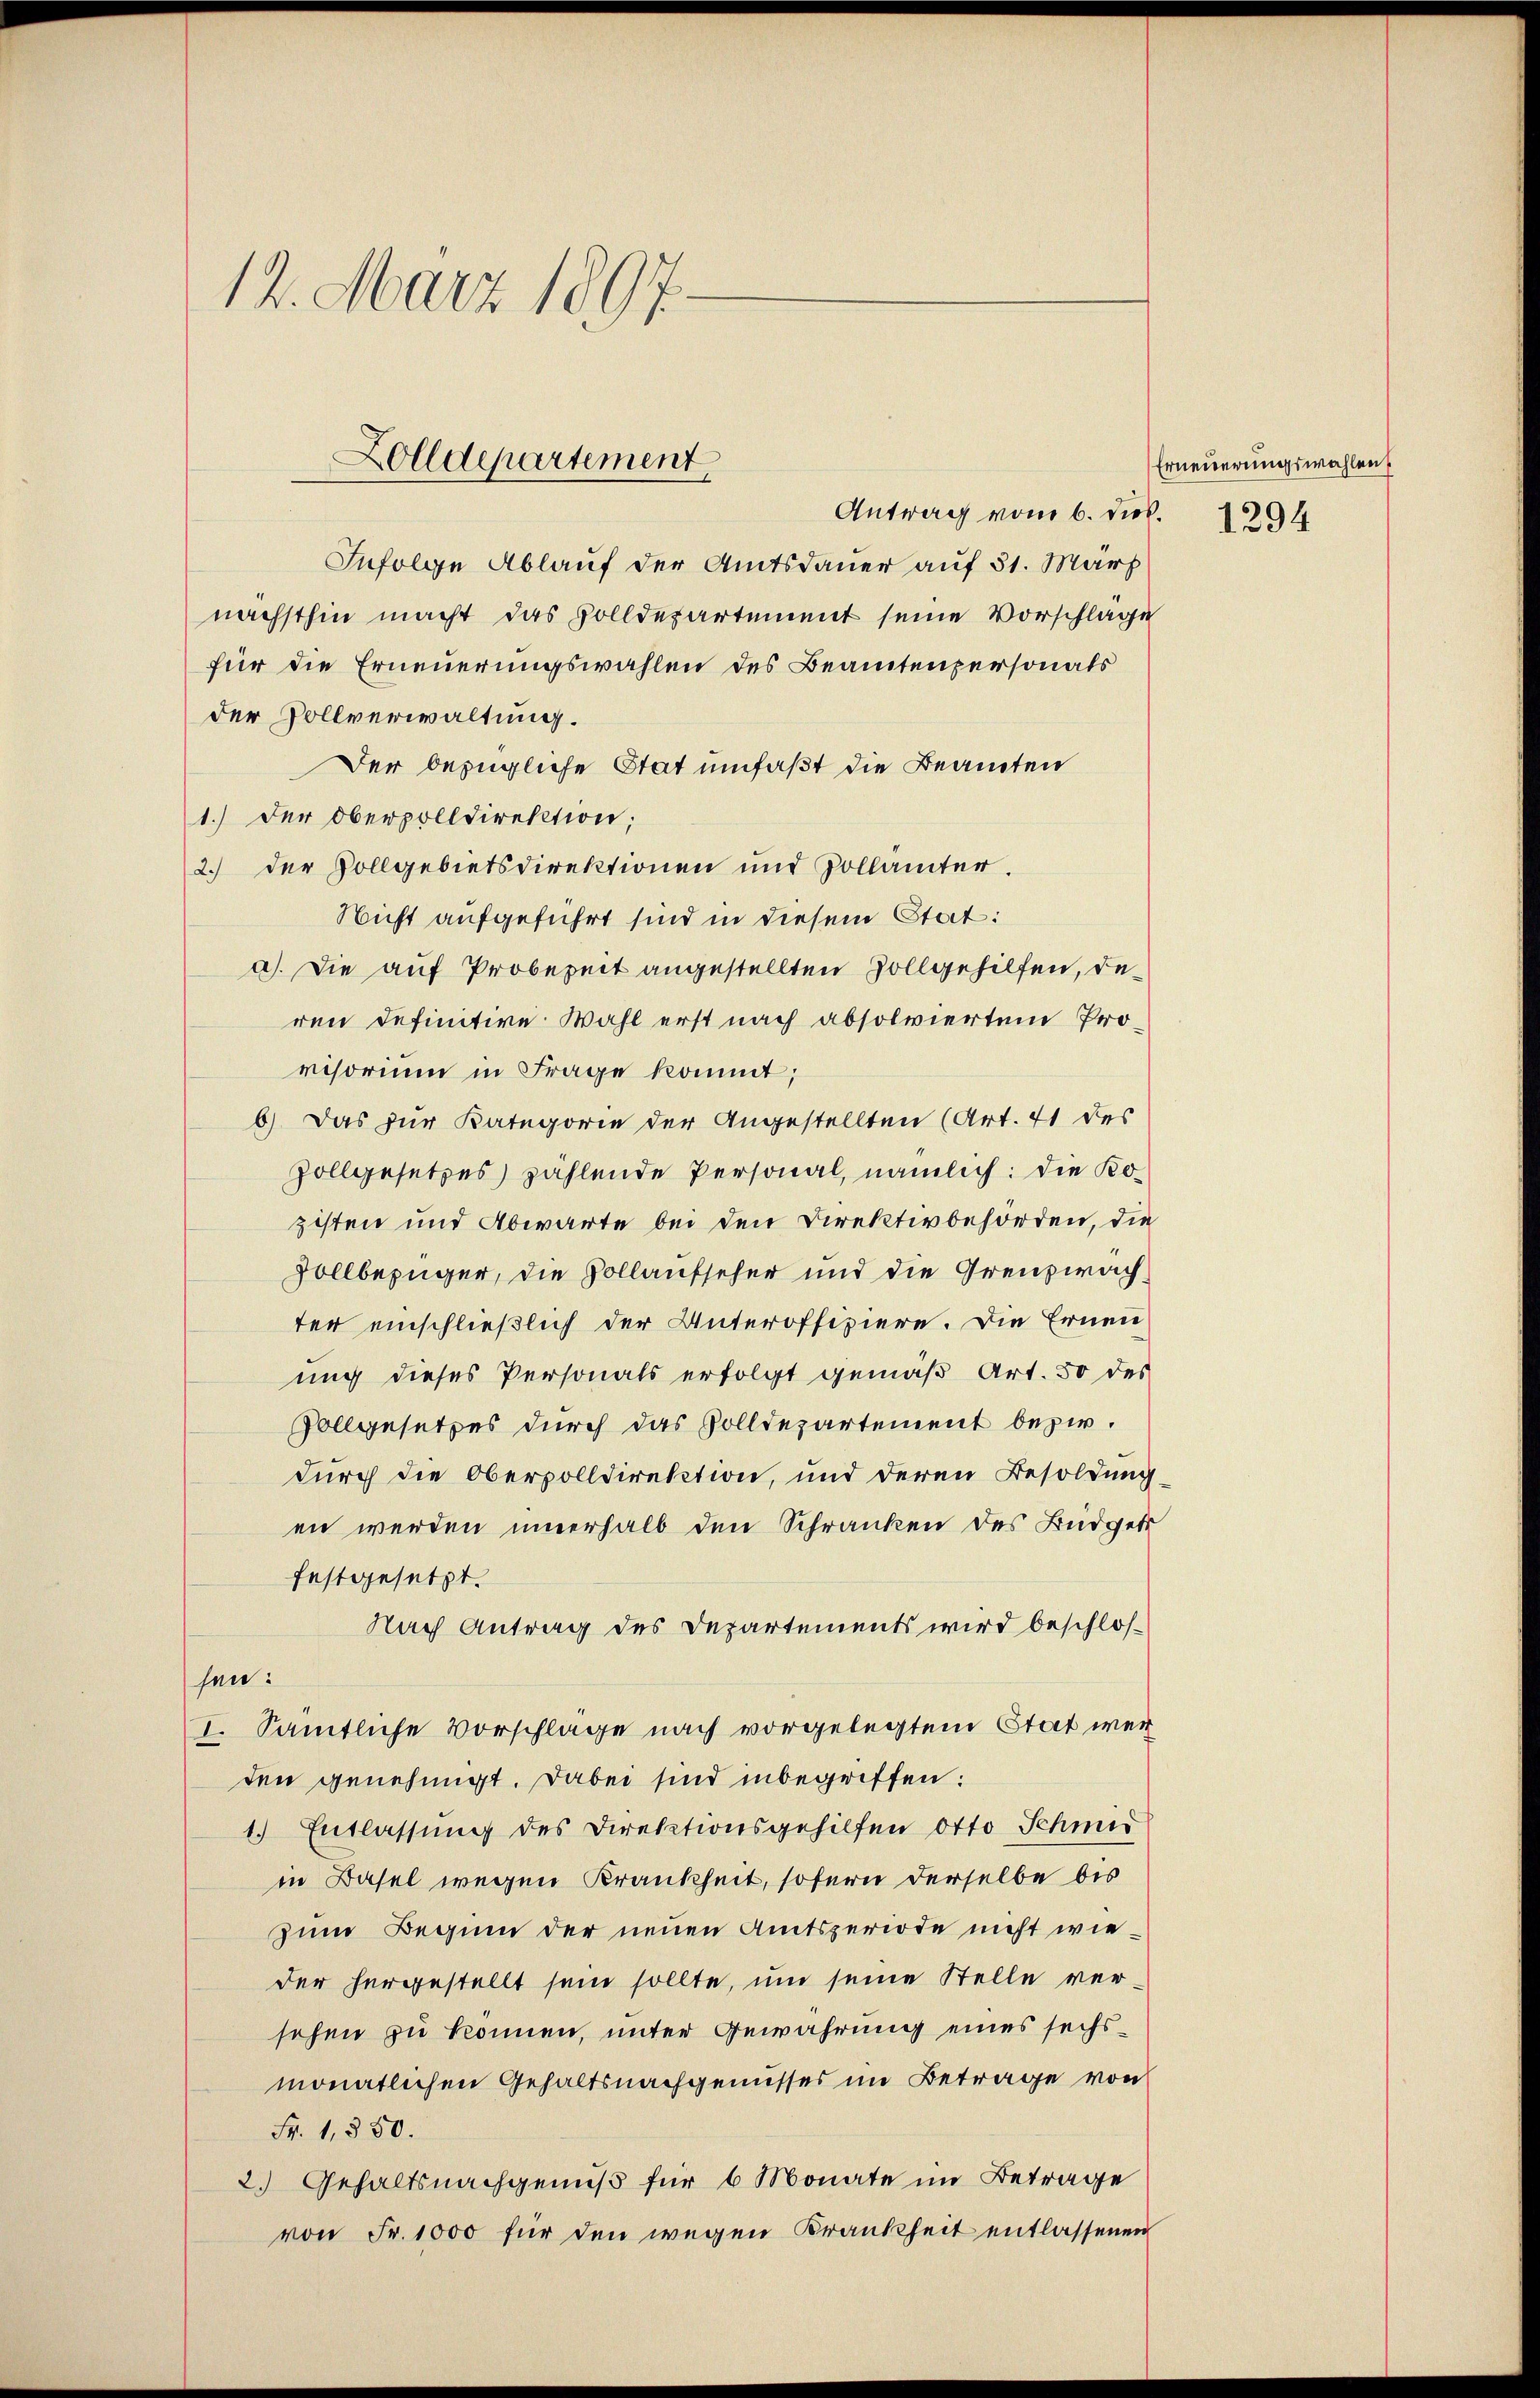
14. März 1897.

Zolldepartement,

Antrag vom 6. dies.
Infolge Ablauf der Amtsdauer auf 31. März
nächsthin macht das Solldepartement seine Vorschlage
für die Erneuerungswahlen des Beamtenpersonals
der Vollverwaltung.
Der bezügliche Stat umfaßt die Beamten
1.) Der Oberpolldirektion;
2.) Der Vollgebietsdirektionen und Zollämter.
Nicht aufgeführt sind in diesem Stat:
a). Die auf Probezeit angestellten Zollgehilfen, deren definitive Wahl erst nach absolviertem Provisorium in Frage kommt;
6) Das zur Kategorie der Angestellten (Art. 71 des
Zollgesetzes) zählende Personal, nämlich: die Kozisten und Abwarte bei den Direktivbehörden, die
Dollbezüger, die Vollaufseher und die Grenzwachter einschließlich der Unteroffiziere. Die Erneu
ung dieses Personals erfolgt gemäß Art. 50 des
Vollgesetzes durch das Solldepartement bezirdurch die Obervolldirektion, und deren Besoldung
en werden innerhalb den Schranken des Büdget
festgesetzt.
Nach Antrag des Departements wird beschlos
sen:
I. Sämtliche Vorschlage nach vorgelegtem Stat werden genehmigt. Dabei sind inbegriffen:
1.) Entlassung des Direktionsgehilfen Otto Schmid
in Basel wegen Krankheit, sofern derselbe bis
zum Beginn der neuen Amtsperiode nicht wieder hergestellt sein sollte, um seine Stelle versehen zu können, unter Gewährung eines sechsmonatlichen Gehaltsnachgenusses im Betrage von
Fr. 1,550.
2.) Gehaltsnachgenuß für 6 Monate im Betrage
von Fr. 1000 für den wegen Krankheit entlassenen

Erneuerungswahlen
1294